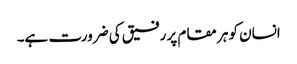
انسان کو ہر مقام پر رفیق کی ضرورت ہے۔